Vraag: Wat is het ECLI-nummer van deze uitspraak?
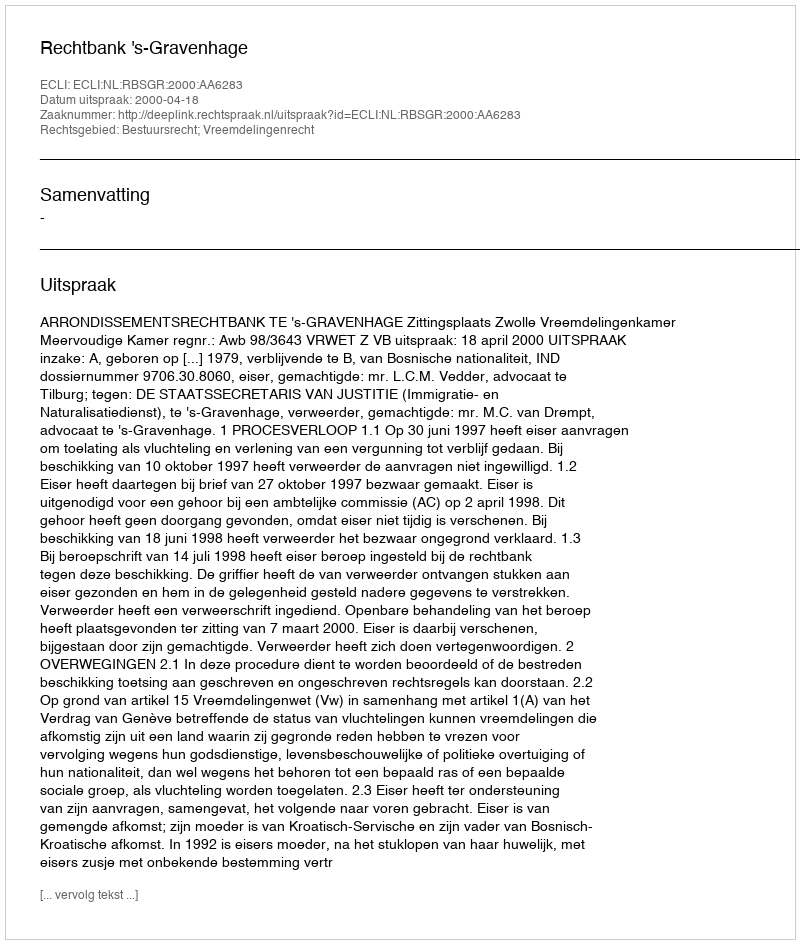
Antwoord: ECLI:NL:RBSGR:2000:AA6283